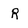
Character: R